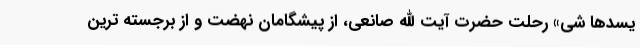
یسدها شی» رحلت حضرت آیت الله صانعی، از پیشگامان نهضت و از برجسته ترین